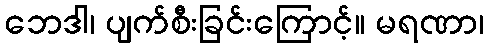
ဘေဒါ၊ ပျက်စီးခြင်းကြောင့်။ မရဏာ၊